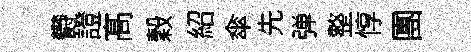
欎證髙穀紹傘先弹整惇團